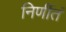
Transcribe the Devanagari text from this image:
निर्णीतं